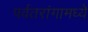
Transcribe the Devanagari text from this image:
पर्वतरांगामध्ये